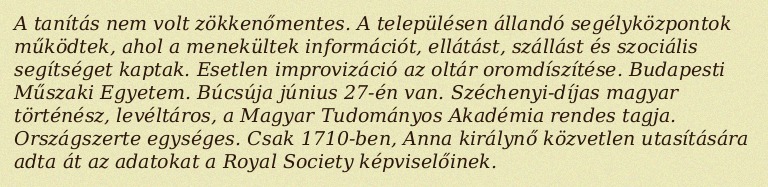
A tanítás nem volt zökkenőmentes. A településen állandó segélyközpontok működtek, ahol a menekültek információt, ellátást, szállást és szociális segítséget kaptak. Esetlen improvizáció az oltár oromdíszítése. Budapesti Műszaki Egyetem. Búcsúja június 27-én van. Széchenyi-díjas magyar történész, levéltáros, a Magyar Tudományos Akadémia rendes tagja. Országszerte egységes. Csak 1710-ben, Anna királynő közvetlen utasítására adta át az adatokat a Royal Society képviselőinek.